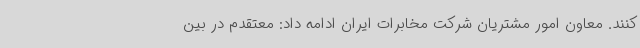
کنند. معاون امور مشتریان شرکت مخابرات ایران ادامه داد: معتقدم در بین